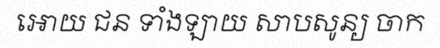
អោយ ជន ទាំងឡាយ សាបសូន្យ ចាក